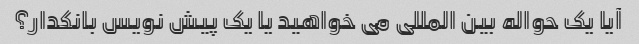
آیا یک حواله بین المللی می خواهید یا یک پیش نویس بانکدار؟